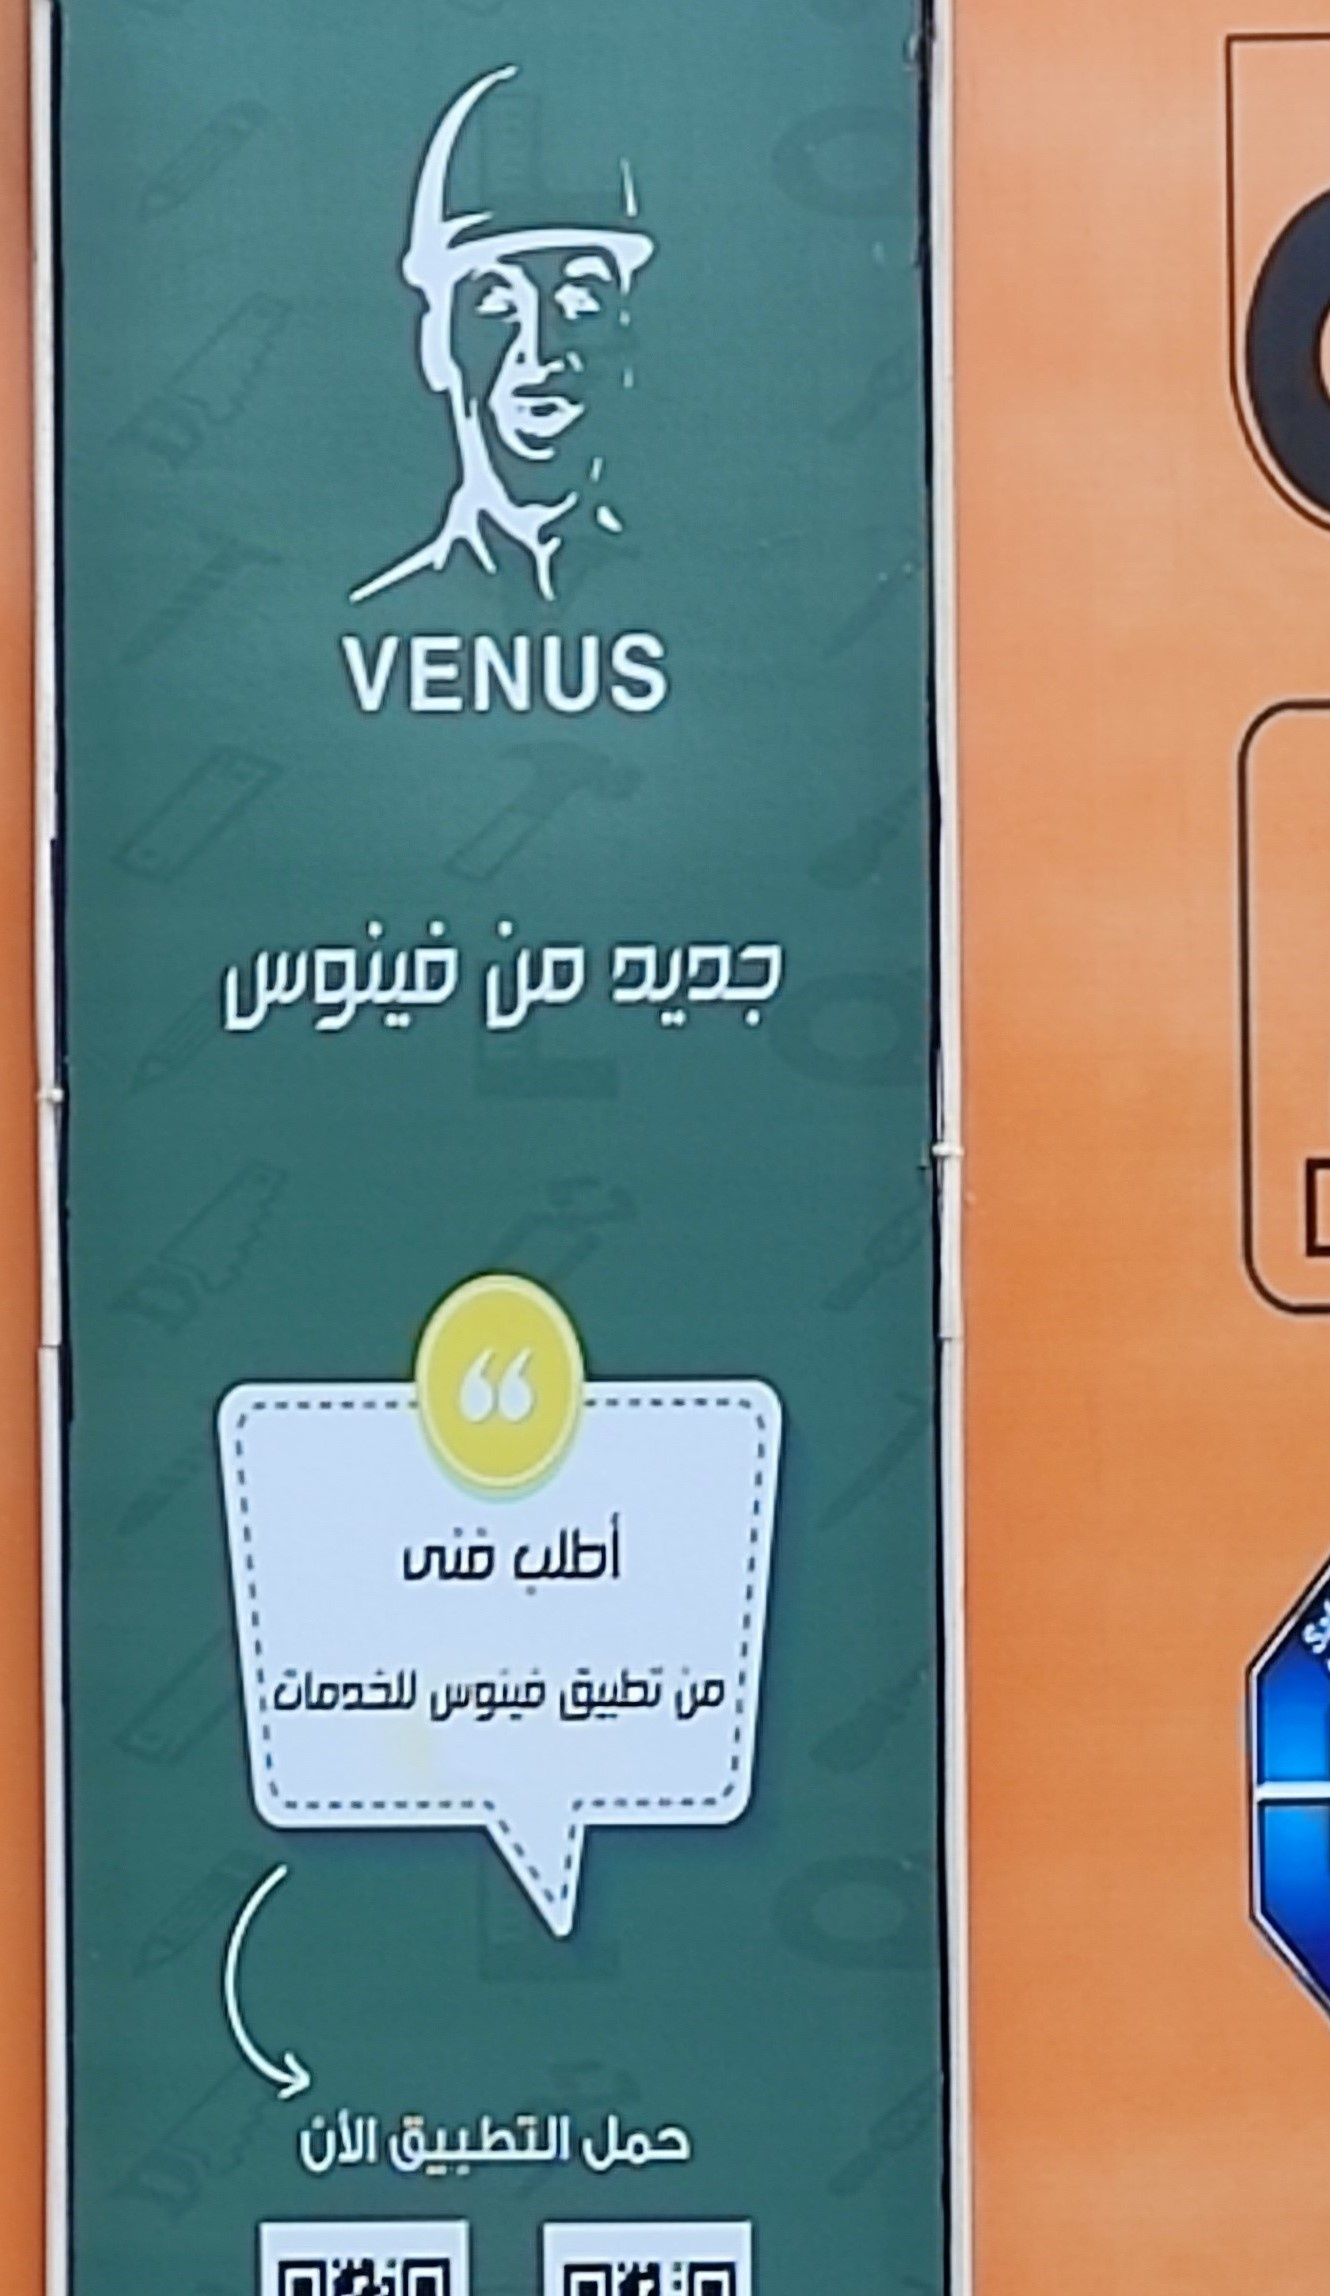
Text in image: فينوس من جديد أطلب فنى للخدمات تطبيق من فينوس الأن التطبيق حمل VENUS